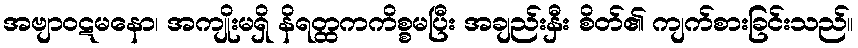
အဗျာဝဋမနော၊ အကျိုးမရှိ နိရတ္ထကကိစ္စမပြီး အချည်းနှီး စိတ်၏ ကျက်စားခြင်းသည်။